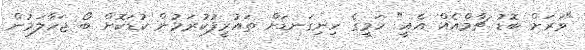
"ވަރަށް ބޮޑު ޗާމްއެއް އެއީ" ހަމީގެ ހިނިގަނޑަށް ތައުރީފުކުރަމުން ކުޑަކޮށް ބޯ ޖަހާލަމުން